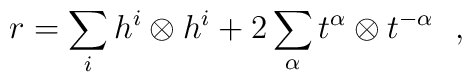
r = \sum_{i} h^{i}\otimes h^{i} + 2\sum_{\alpha}t^{\alpha}\otimes t^{-\alpha} \ \ ,